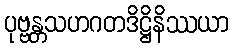
ပုဗ္ဗန္တသဟဂတဒိဋ္ဌိနိဿယာ